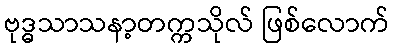
ဗုဒ္ဓသာသနာ့တက္ကသိုလ် ဖြစ်လောက်